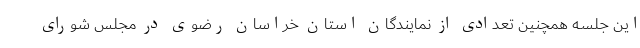
این جلسه همچنین تعدادی از نمایندگان استان خراسان رضوی در مجلس شورای